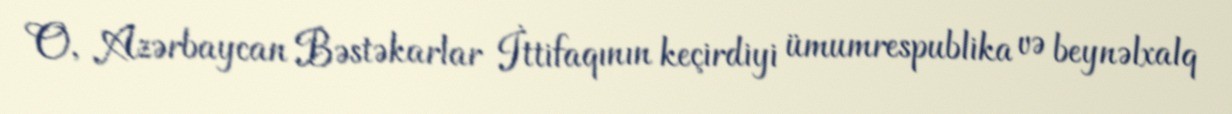
O, Azərbaycan Bəstəkarlar İttifaqının keçirdiyi ümumrespublika və beynəlxalq